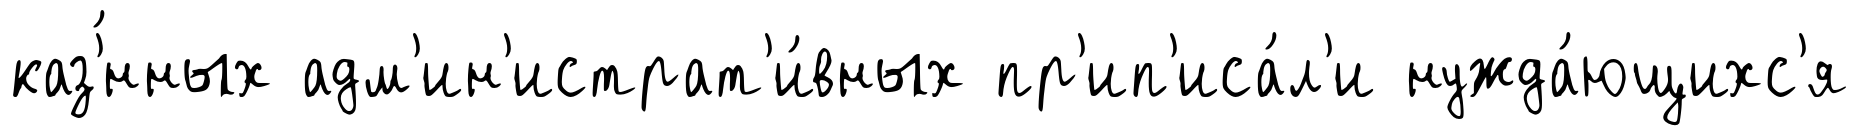
каз'́нных адм'ин'истрат'и́вных пр'ип'иса́л'и нужда́ющихс'я